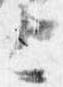
上